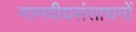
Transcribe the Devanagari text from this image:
मानवीयसंसाधनों